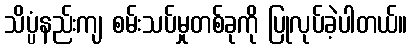
သိပ္ပံနည်းကျ စမ်းသပ်မှုတစ်ခုကို ပြုလုပ်ခဲ့ပါတယ်။